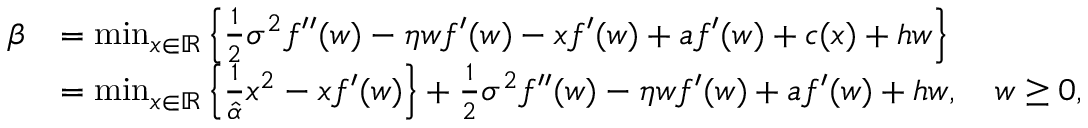
\begin{array} { r l } { \beta } & { = \operatorname* { m i n } _ { x \in \mathbb { R } } \left\{ \frac { 1 } { 2 } \sigma ^ { 2 } f ^ { \prime \prime } ( w ) - \eta w f ^ { \prime } ( w ) - x f ^ { \prime } ( w ) + a f ^ { \prime } ( w ) + c ( x ) + h w \right\} } \\ & { = \operatorname* { m i n } _ { x \in \mathbb { R } } \left\{ \frac { 1 } { \hat { \alpha } } x ^ { 2 } - x f ^ { \prime } ( w ) \right\} + \frac { 1 } { 2 } \sigma ^ { 2 } f ^ { \prime \prime } ( w ) - \eta w f ^ { \prime } ( w ) + a f ^ { \prime } ( w ) + h w , \quad w \ge 0 , } \end{array}